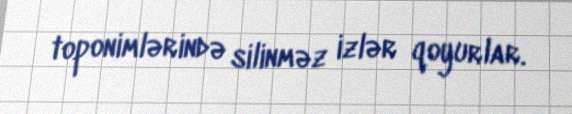
toponimlərində silinməz izlər qoyurlar.